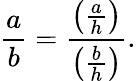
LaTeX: {\frac{a}{b}}={\frac{\left({\frac{a}{h}}\right)}{\left({\frac{b}{h}}\right)}}.